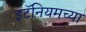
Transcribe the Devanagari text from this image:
इटॅनियमच्या